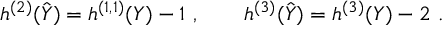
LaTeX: h ^ { ( 2 ) } ( \hat { Y } ) = h ^ { ( 1 , 1 ) } ( Y ) - 1 \ , \qquad h ^ { ( 3 ) } ( \hat { Y } ) = h ^ { ( 3 ) } ( Y ) - 2 \ .